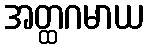
အတ္ထဂမာယ